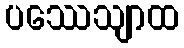
ပဿေသျာထ